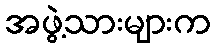
အဖွဲ့သားများက